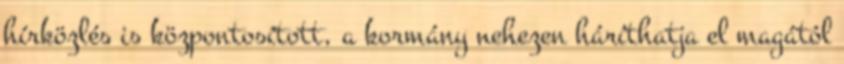
hírközlés is központosított, a kormány nehezen háríthatja el magától